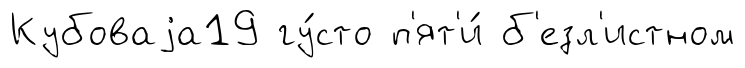
Кубоваjа19 гу́сто п'ят'и́ б'езл'истном